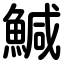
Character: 鰔